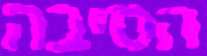
הסיבה